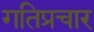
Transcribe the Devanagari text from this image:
गतिप्रचार